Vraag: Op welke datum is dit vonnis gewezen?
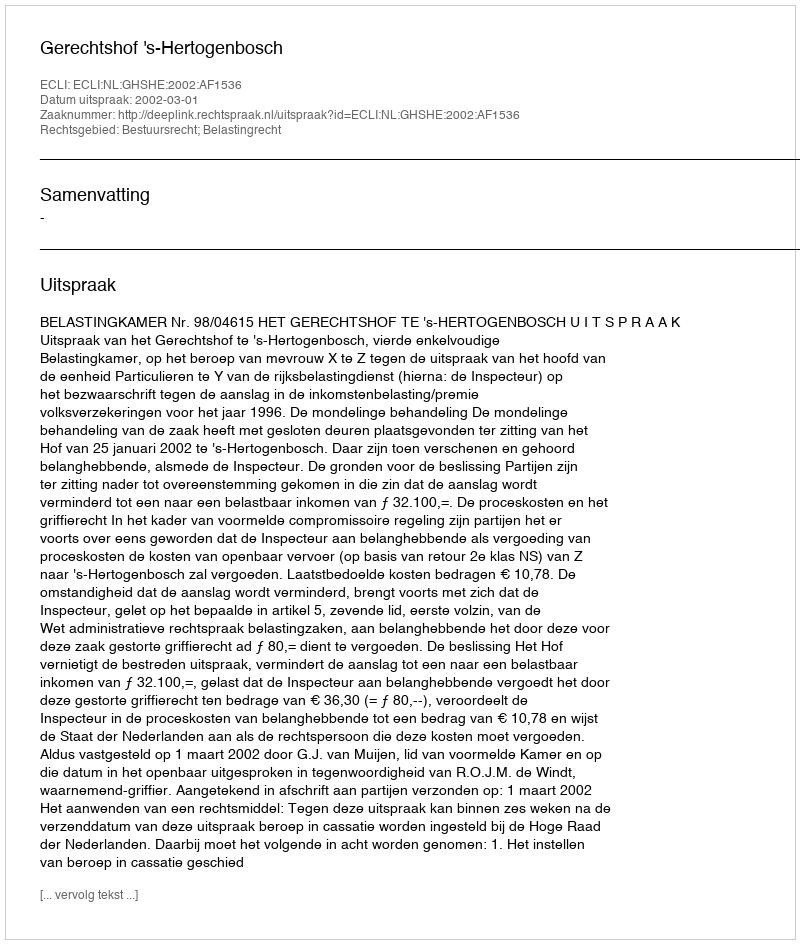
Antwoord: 2002-03-01